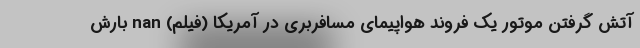
آتش گرفتن موتور یک فروند هواپیمای مسافربری در آمریکا (فیلم) nan بارش